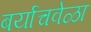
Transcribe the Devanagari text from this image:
बर्याचवेळा